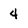
Character: 4